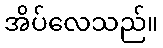
အိပ်လေသည်။